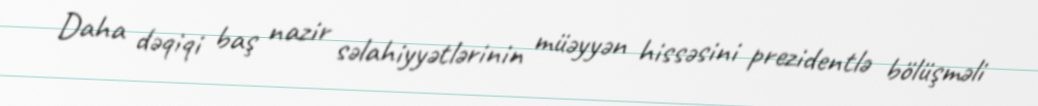
Daha dəqiqi baş nazir səlahiyyətlərinin müəyyən hissəsini prezidentlə bölüşməli